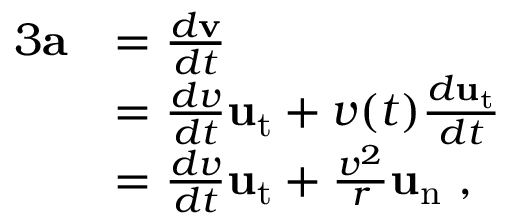
{ \begin{array} { r l } { { 3 } \mathbf { a } } & { = { \frac { d \mathbf { v } } { d t } } } \\ & { = { \frac { d v } { d t } } \mathbf { u } _ { \mathrm { t } } + v ( t ) { \frac { d \mathbf { u } _ { \mathrm { t } } } { d t } } } \\ & { = { \frac { d v } { d t } } \mathbf { u } _ { \mathrm { t } } + { \frac { v ^ { 2 } } { r } } \mathbf { u } _ { \mathrm { n } } \ , } \end{array} }